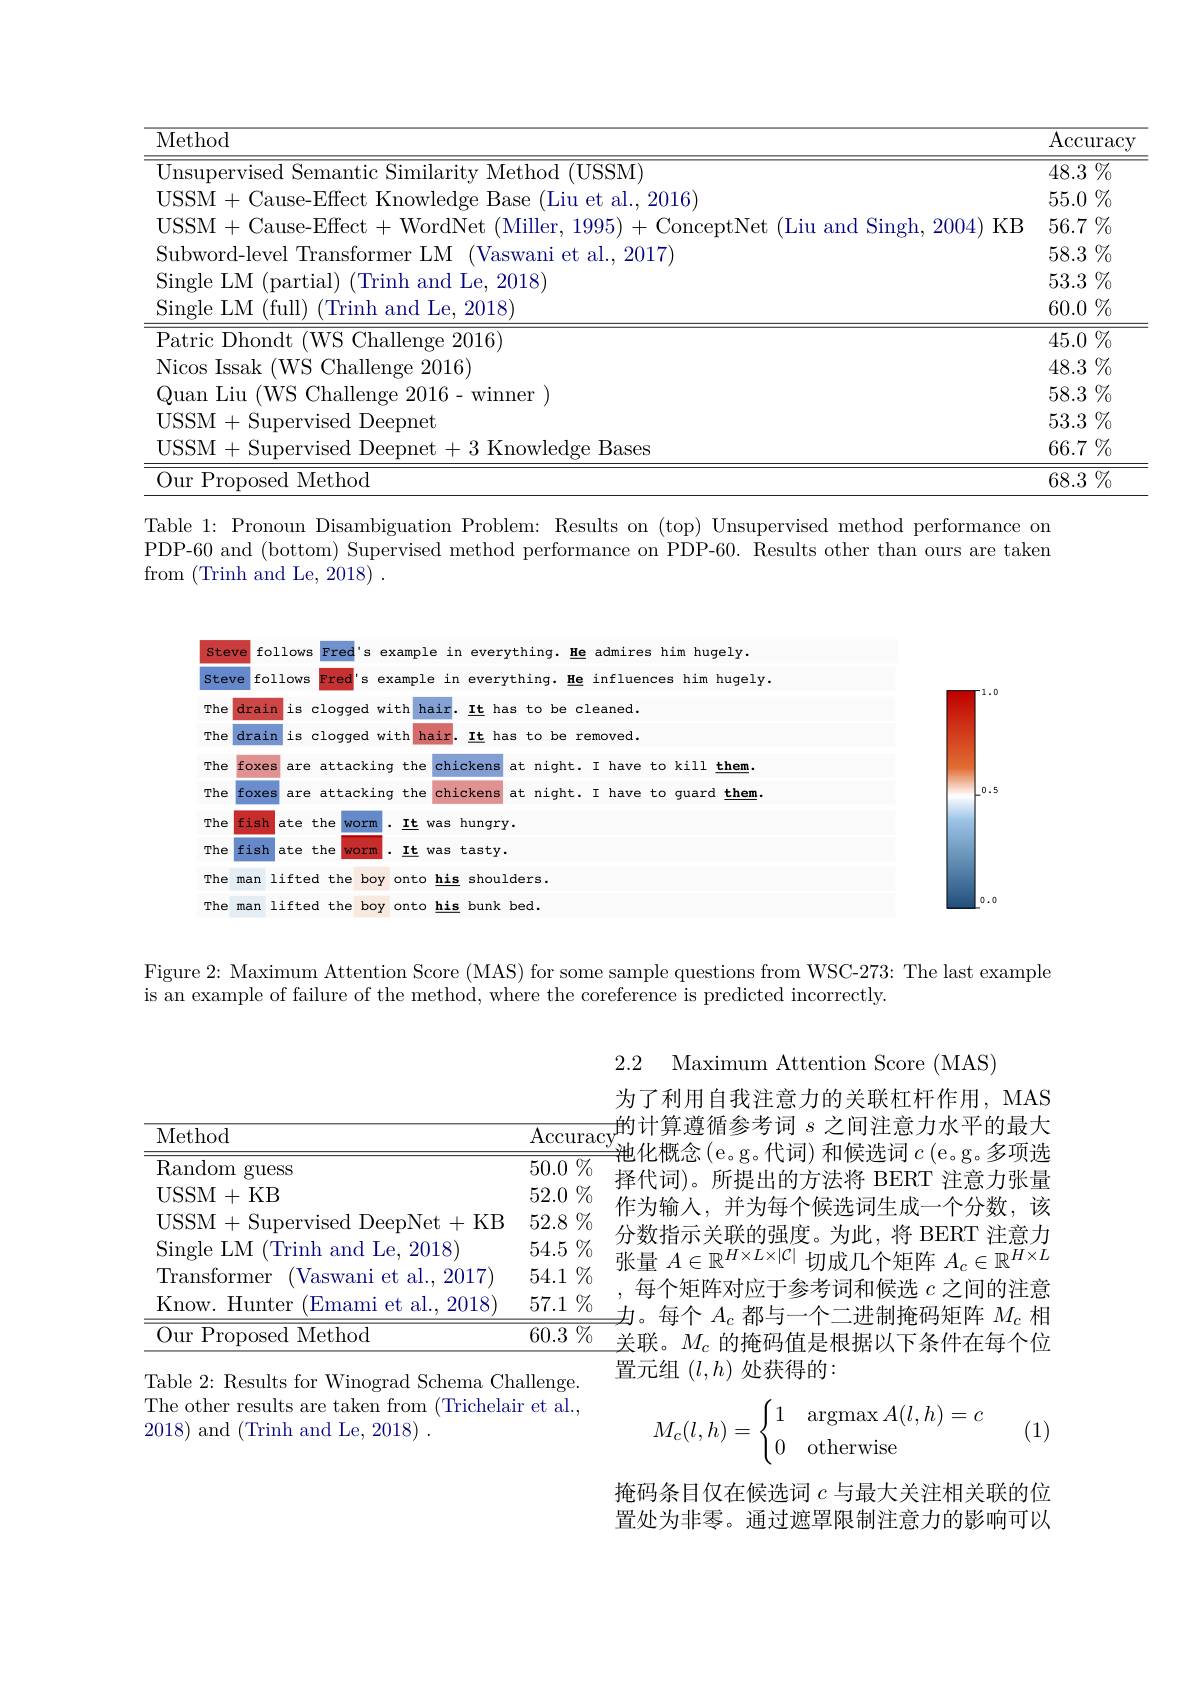
<table>
	<tbody>
		<tr>
			<th>${\overline{\mathrm{Method}}}$</th>
			<th>$\operatorname{Accurac}$</th>
		</tr>
		<tr>
			<td>Method $\mathbf{l} \left ( \mathrm{USSM}\right )$</td>
			<td>$\overline{48.3\%}$</td>
		</tr>
		<tr>
			<td> Liu et al.2016</td>
			<td>$55.0\%$</td>
		</tr>
		<tr>
			<td>$|SSM$ ( lause- H'tect+ WordNe $\|1\|\rho$ 1995 $^{\prime }$oncentNet (Luu and Sinoh 2$m$Lik) KH</td>
			<td>$56.7\%$</td>
		</tr>
		<tr>
			<td>Subword-level Transformer LM Vaswani et al.2017</td>
			<td>$58.3\%$</td>
		</tr>
		<tr>
			<td>ingle LM ( partia| (Trinh and Le, 2018)</td>
			<td>$53.3\%$</td>
		</tr>
		<tr>
			<td>Single LM (full) (Trinh and Le, 2018)</td>
			<td>$60.0\%$</td>
		</tr>
		<tr>
			<td>Patric L)hondt (WS Challenge 2016)</td>
			<td>$45.0\%$</td>
		</tr>
		<tr>
			<td>Nicos Issak (WS Challenge 2016)</td>
			<td>$48.3\%$</td>
		</tr>
		<tr>
			<td>$1112n+111$ 1 $( W$S Challenge $2^{4}$ 2016-winner</td>
			<td>$58.3\%$</td>
		</tr>
		<tr>
			<td>USSM+Supervised Deepnet</td>
			<td>$53.3\%$</td>
		</tr>
		<tr>
			<td>USSM+Supervised Deepnet+3 Knowledge Bases</td>
			<td>$66.7\%$</td>
		</tr>
		<tr>
			<td>Our Proposed Method</td>
			<td>$68.3\%$</td>
		</tr>
	</tbody>
</table>
Table 1: Pronoun Disambiguation Problem: Results on (top) Unsupervised method performance on

PDP-60 and (bottom) Supervised method performance on PDP-60. Results other than ours are taken

from (Trinh and Le, 2018).

<FigureHere>

Figure 2: Maximum Attention Score (MAS) for some sample questions from WSC-273: The last example

is an example of failure of the method, where the coreference is predicted incorrectly.

<table>
	<tbody>
		<tr>
			<th>Method</th>
			<th>$\operatorname{Accuracy}$</th>
		</tr>
		<tr>
			<td>Random guess</td>
			<td>$50.0\%$</td>
		</tr>
		<tr>
			<td>USSM+ KB</td>
			<td>$52.0\%$</td>
		</tr>
		<tr>
			<td>USSM+ Supervised l DeepNet+K</td>
			<td>$52.8\%$ </td>
		</tr>
		<tr>
			<td>Single LM $^{\prime }$Trinh and Le. 2018</td>
			<td>$54.5\%$</td>
		</tr>
		<tr>
			<td>Transformer (Vaswani et al..2017</td>
			<td>$54.1\%$</td>
		</tr>
		<tr>
			<td>Know. Hunter Emami et al. , 2018</td>
			<td>$57.1\%$</td>
		</tr>
		<tr>
			<td>Our Proposed Method</td>
			<td>60.3 $\%$</td>
		</tr>
	</tbody>
</table>

Table 2: Results for Winograd Schema Challenge. The other results are taken from (Trichelair et al., 2018) and (Trinh and Le, 2018).

2.2 Maximum Attention Score (MAS)
为了利用自我注意力的关联杠杆作用，MAS ,的计算遵循参考词 $s$ 之间注意力水平的最大${\text{单池化概念(e。g。代词) 和候选词 }c}\left(\mathrm{e.g.}\text{多项选}\right)$ 择代词)。所提出的方法将 BERT 注意力张量作为输入，并为每个候选词生成一个分数，该分数指示关联的强度。为此，将 BERT 注意力张量$A\in\mathbb{R}^H\times L\times|\mathcal{C}|$切成几个矩阵$A_c\in\mathbb{R}^H\times L$
每个矩阵对应于参考词和候选$c$之间的注意$\nexists$。每个$A_c$都与一个二进制掩码矩阵$M_c$相关联。$M_c$的掩码值是根据以下条件在每个位置元组$(l,h)$处获得的：
$$M_c(l,h)=\begin{cases}1&\operatorname{argmax}A(l,h)=c\\0&\operatorname{otherwise}\end{cases}$$
(1)

掩码条目仅在候选词$c$与最大关注相关联的位置处为非零。通过遮罩限制注意力的影响可以